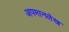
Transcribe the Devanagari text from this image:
अपमानलेख